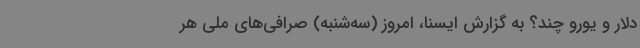
دلار و یورو چند؟ به گزارش ایسنا، امروز (سه‌شنبه) صرافی‌های ملی هر